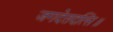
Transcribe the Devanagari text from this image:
जगदेतदत्सि॥